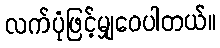
လက်ပုံဖြင့်မျှဝေပါတယ်။